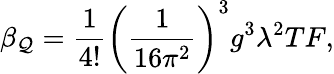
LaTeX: \beta_{\mathcal{Q}}={\frac{{1}}{{4!}}}\left({\frac{{1}}{{16\pi^{2}}}}\right)^{3}g^{3}\lambda^{2}TF,